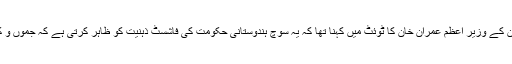
بھارتی قونصل جنرل کے تبصرے پر فوری رد عمل دیتے ہوئے بدھ کو پاکستان کے وزیر اعظم عمران خان کا ٹوئٹ میں کہنا تھا کہ یہ سوچ ہندوستانی حکومت کی فاشسٹ ذہنیت کو ظاہر کرتی ہے کہ جموں و کشمیر میں 100 دن گزر جانے کے بعد بھی کشمیریوں کا محاصرہ جاری ہے۔